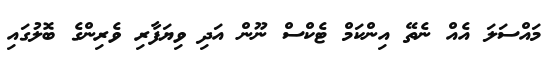
މައްސަލަ އެއް ނެތޭ އިންކަމް ޓެކްސް ނޫން އަދި ވިޔަފާރި ވެރިންގެ ބޮލުގައި